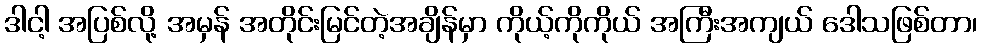
ဒါငါ့ အပြစ်လို့ အမှန် အတိုင်းမြင်တဲ့အချိန်မှာ ကိုယ့်ကိုကိုယ် အကြီးအကျယ် ဒေါသဖြစ်တာ၊